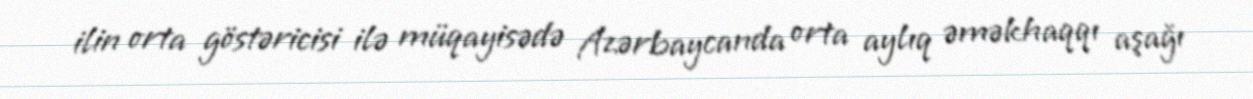
ilin orta göstəricisi ilə müqayisədə Azərbaycanda orta aylıq əməkhaqqı aşağı